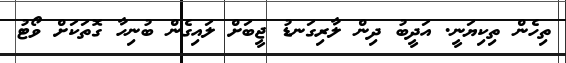
ތިހެން ތިކިޔަނީ. އަދީބު ދިން ލާރިގަނޑު ޖީބަށް ލައިގެން ބުނިހާ ގޮތަކަށް ވޯޓު